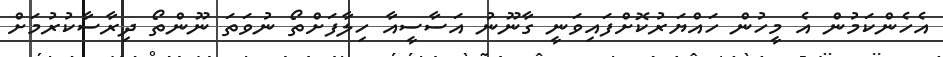
އެހެންކަމުން އެ މީހުން ހައްޔަރުކޮށްފައިވަނީ ގާނޫނު އަސާސީއާ ހިލާފަށްތޯ ނުވަތަ ނޫންތޯ ދިރާސާކުރުމަށް